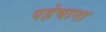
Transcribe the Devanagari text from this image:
पहेचाना